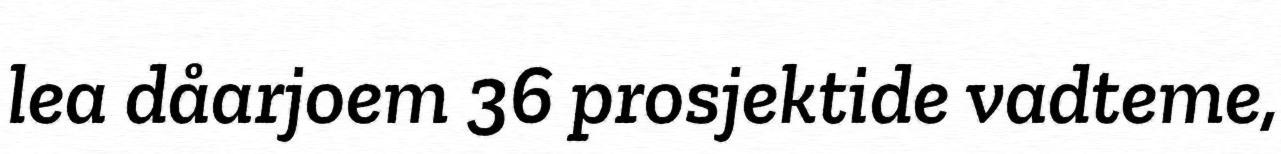
lea dåarjoem 36 prosjektide vadteme,